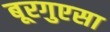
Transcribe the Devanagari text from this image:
बूरगुएसा